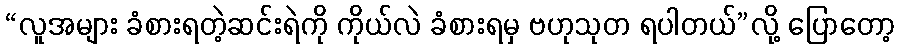
“လူအများ ခံစားရတဲ့ဆင်းရဲကို ကိုယ်လဲ ခံစားရမှ ဗဟုသုတ ရပါတယ်”လို့ ပြောတော့